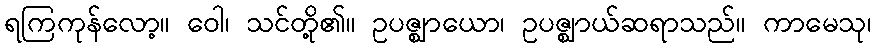
ရကြကုန်လော့။ ဝေါ၊ သင်တို့၏။ ဥပဇ္ဈာယော၊ ဥပဇ္ဈာယ်ဆရာသည်။ ကာမေသု၊